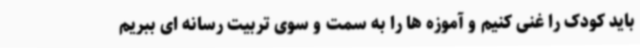
باید کودک را غنی کنیم و آموزه ها را به سمت و سوی تربیت رسانه ای ببریم